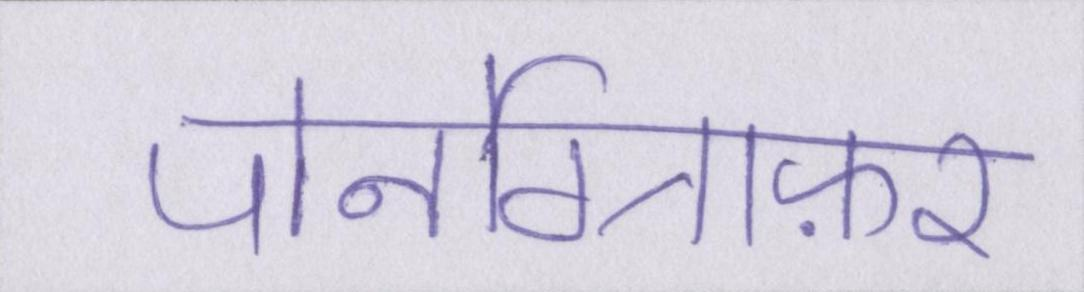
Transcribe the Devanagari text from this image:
पोर्नोग्राफ़र